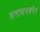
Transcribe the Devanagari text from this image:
हमायनक्नेर